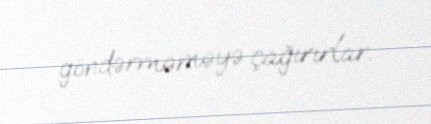
göndərməməyə çağırırlar.